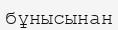
бұнысынан